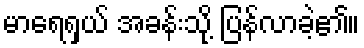
မာရေရှယ် အခန်းသို့ ပြန်လာခဲ့၏။